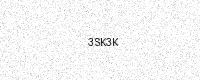
Text: 3SK3K